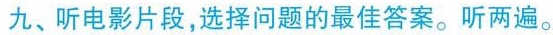
九、听电影片段,选择问题的最佳答案.听两遍.